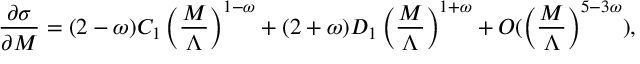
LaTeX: \frac { \partial \sigma } { \partial M } = ( 2 - \omega ) C _ { 1 } \left( \frac { M } { \Lambda } \right) ^ { 1 - \omega } + ( 2 + \omega ) D _ { 1 } \left( \frac { M } { \Lambda } \right) ^ { 1 + \omega } + { \cal O } ( \left( \frac { M } { \Lambda } \right) ^ { 5 - 3 \omega } ) ,